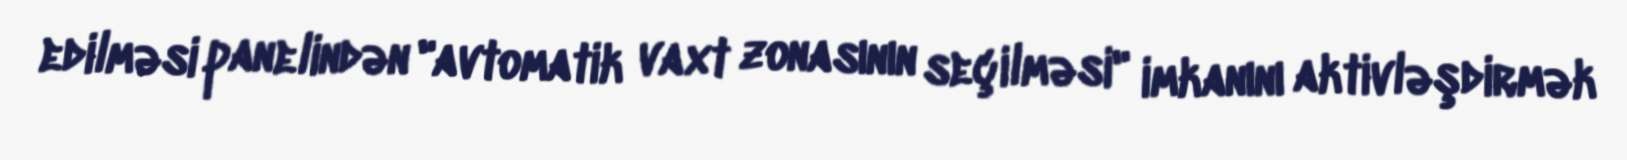
edilməsi panelindən "avtomatik vaxt zonasının seçilməsi" imkanını aktivləşdirmək